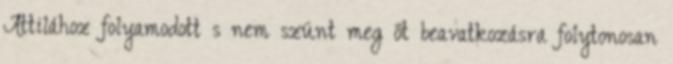
Attilához folyamodott s nem szünt meg őt beavatkozásra folytonosan